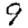
Digit: 9